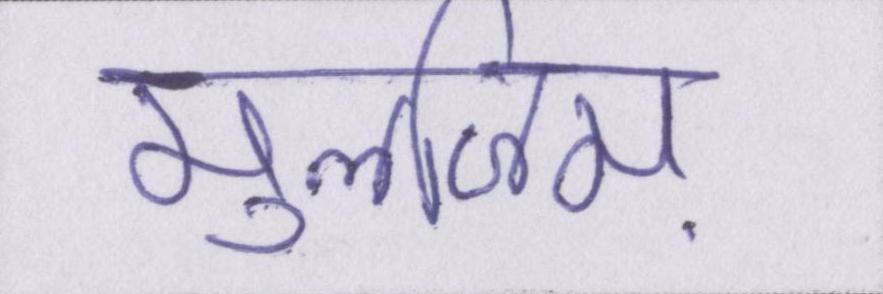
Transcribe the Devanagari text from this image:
मुलजिम